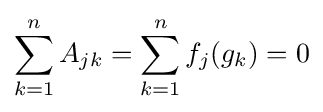
\sum _{k=1}^{n}A_{jk}=\sum _{k=1}^{n}f_{j}(g_{k})=0